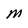
Character: M